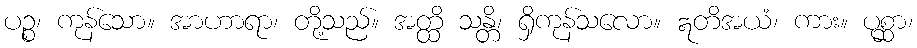
ပဉ္စ၊ ကုန်သော။ အာဟာရာ၊ တို့သည်။ အတ္ထိ သန္တိ၊ ရှိကုန်သလော။ ဣတိအယံ၊ ကား။ ပုစ္ဆာ၊